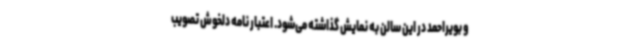
و بویراحمد در این سالن به نمایش گذاشته می‌شود. اعتبار نامه دلخوش تصویب